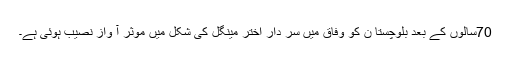
70سالوں کے بعد بلوچستا ن کو وفاق میں سر دار اختر مینگل کی شکل میں موثر آ واز نصیب ہوئی ہے۔